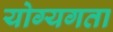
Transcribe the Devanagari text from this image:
योग्यगता